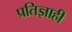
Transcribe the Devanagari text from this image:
प्रतिज्ञाही